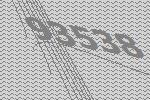
93538